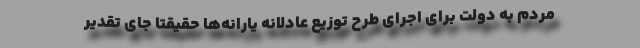
مردم به دولت برای اجرای طرح توزیع عادلانه یارانه‌ها حقیقتاً جای تقدیر